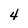
Character: 4